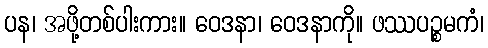
ပန၊ အဖို့တစ်ပါးကား။ ဝေဒနာ၊ ဝေဒနာကို။ ဖဿပဉ္စမကံ၊